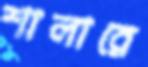
শালারে